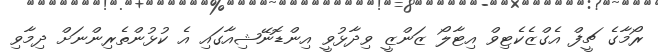
ރޯމާގެ ޗީފް އެގްޒެކެޓިވް އިޓާލޯ ޒަންޒީ ވިދާޅުވީ އިންޑޮނޭޝިއާގައި އެ ކުޅުންތެރިންނަށް ދިމާވި